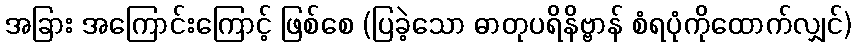
အခြား အကြောင်းကြောင့် ဖြစ်စေ (ပြခဲ့သော ဓာတုပရိနိဗ္ဗာန် စံရပုံကိုထောက်လျှင်)